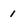
Character: 1